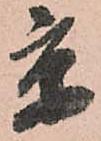
京